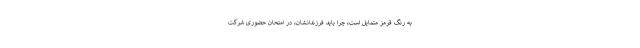
به رنگ قرمز متمایل است، چرا باید فرزندانشان، در امتحان حضوری شرکت